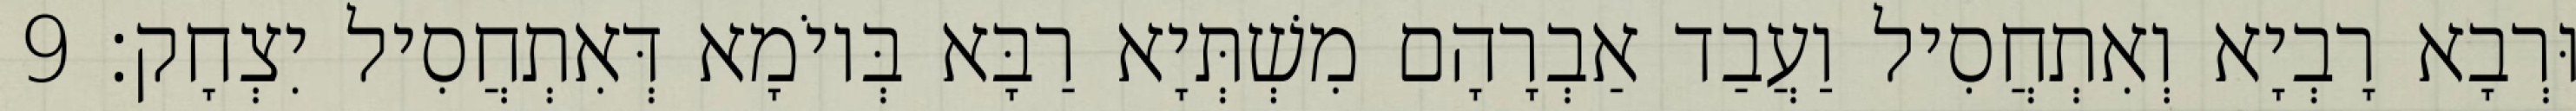
וּרְבָא רָבְיָא וְאִתְחֲסִיל וַעֲבַד אַבְרָהָם מִשְׁתְּיָא רַבָּא בְּיוֹמָא דְּאִתְחֲסִיל יִצְחָק׃ 9